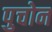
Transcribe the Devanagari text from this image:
पुचोन